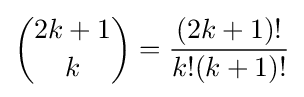
{\binom {2k+1}{k}}={\frac {(2k+1)!}{k!(k+1)!}}